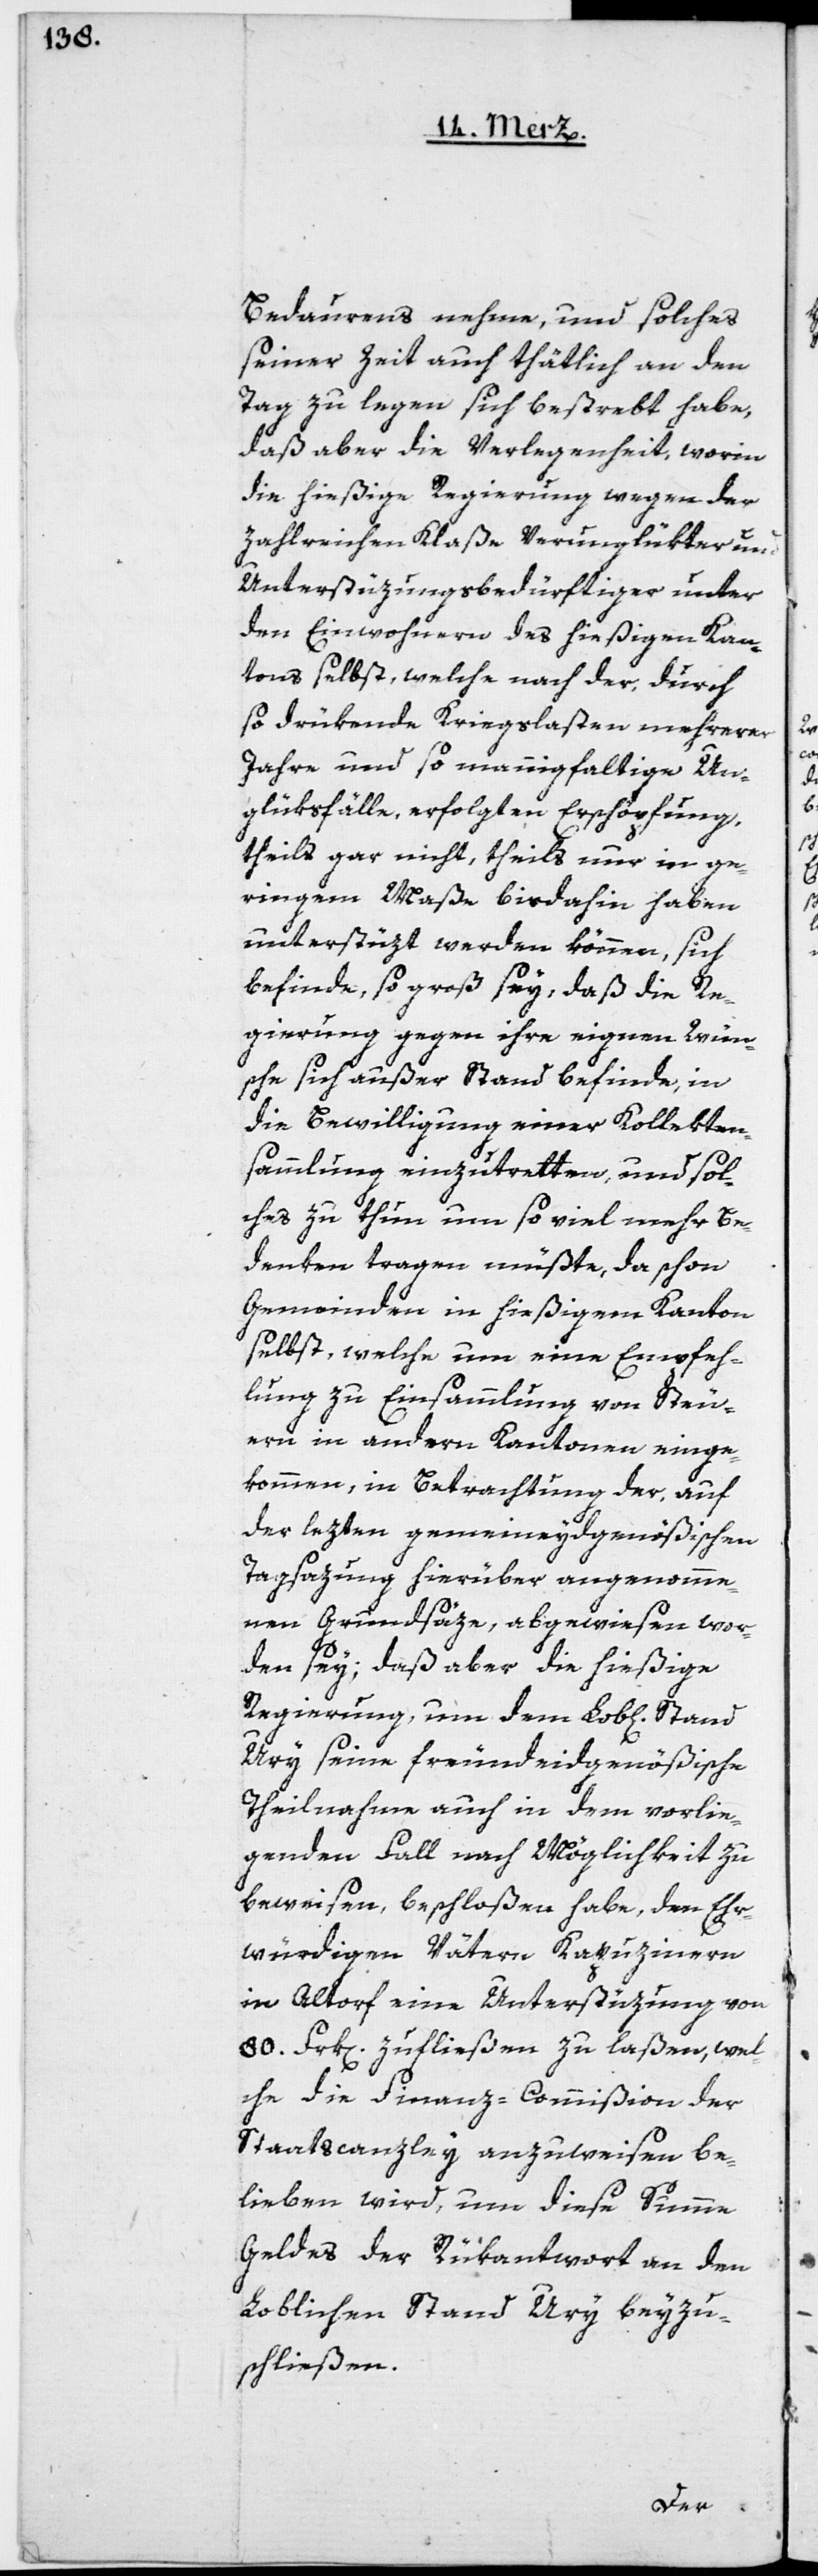
Bedauerns nehme, und solches
seiner Zeit auch thätlich an den
Tag zu legen sich bestrebt habe,
daß aber die Verlegenheit, worin
die hießige Regierung wegen der
Zahlreichen Klaße Verunglükter und
Unterstüzungsbedürftiger unter
den Einwohnern des hießigen Kan¬
tons selbst, welche nach der, durch
so drükende Kriegslasten mehrer
Jahre und so mannigfaltiger Un¬
glüksfälle, erfolgten Erschöpfung,
theils gar nicht, theils nur in ge¬
ringem Maße bisdahin haben
unterstüzt werden können, sich
befinde, so groß sey, daß die Re¬
gierung gegen ihre eignen Wün¬
sche sich außer Stand befinde, in
die Bewilligung einer Kollekten¬
sammlung einzutretten, und sol¬
ches zu thun um so viel mehr Be¬
denken tragen müßte, da schon
Gemeinden in hießigem Kanton
selbst, welche um eine Empfeh¬
lung zu Einsammlung von Steu¬
ern in andern Kantonen einge¬
kommen, in Betrachtung der, auf
der lezten gemeineydgenößischen
Tagsazung hierüber angenomme¬
nen Grundsäze, abgewiesen wor¬
den sey; daß aber die hießige
Regierung, um dem Lob[lichen]
Ury seine freundeidgenößische
Theilnahme auch in dem vorlie¬
genden Fall nach Möglichkeit zu
beweisen, beschloßen habe, den Ehr¬
würdigen Vätern Kapuzinern
in Altdorf eine Unterstüzung von
80. Frk[en] zufließen zu laßen, wel¬
che die Finanz-Commißion der
Staatscanzley anzuweisen be¬
lieben wird, um diese Summe
Geldes der Rükantwort an den
Loblichen Stand Ury beyzu¬
schließen.